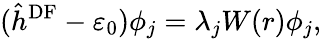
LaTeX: (\hat{h}^{\textrm{DF}}-\varepsilon_{0})\phi_{j}=\lambda_{j}W(r)\phi_{j},